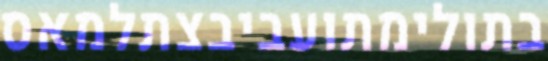
בתולימתועביבצתלמאס